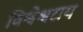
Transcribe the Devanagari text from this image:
विश्वेश्वराय